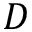
D